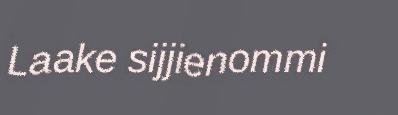
Laake sijjienommi